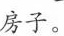
房子。